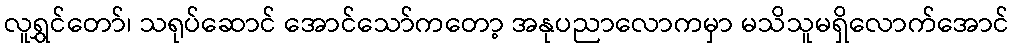
လူရွှင်တော်၊ သရုပ်ဆောင် အောင်သော်ကတော့ အနုပညာလောကမှာ မသိသူမရှိလောက်အောင်